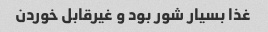
غذا بسیار شور بود و غیرقابل خوردن